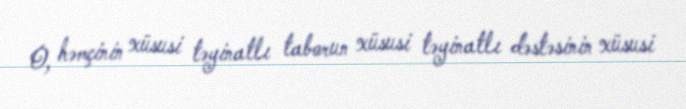
O, həmçinin xüsusi təyinatlı taborun xüsusi təyinatlı dəstəsinin xüsusi